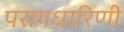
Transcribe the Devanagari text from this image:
परागधारिणी